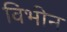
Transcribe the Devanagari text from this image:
विभीन